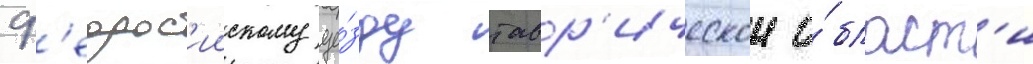
ф'еодос'иискому уе́зду тавр'ическои о́бласт'и